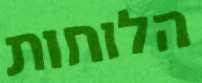
הלוחות